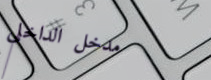
مدخل الداخلي